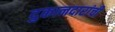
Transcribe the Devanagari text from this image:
दुकानदारांची